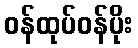
ဝန်ထုပ်ဝန်ပိုး